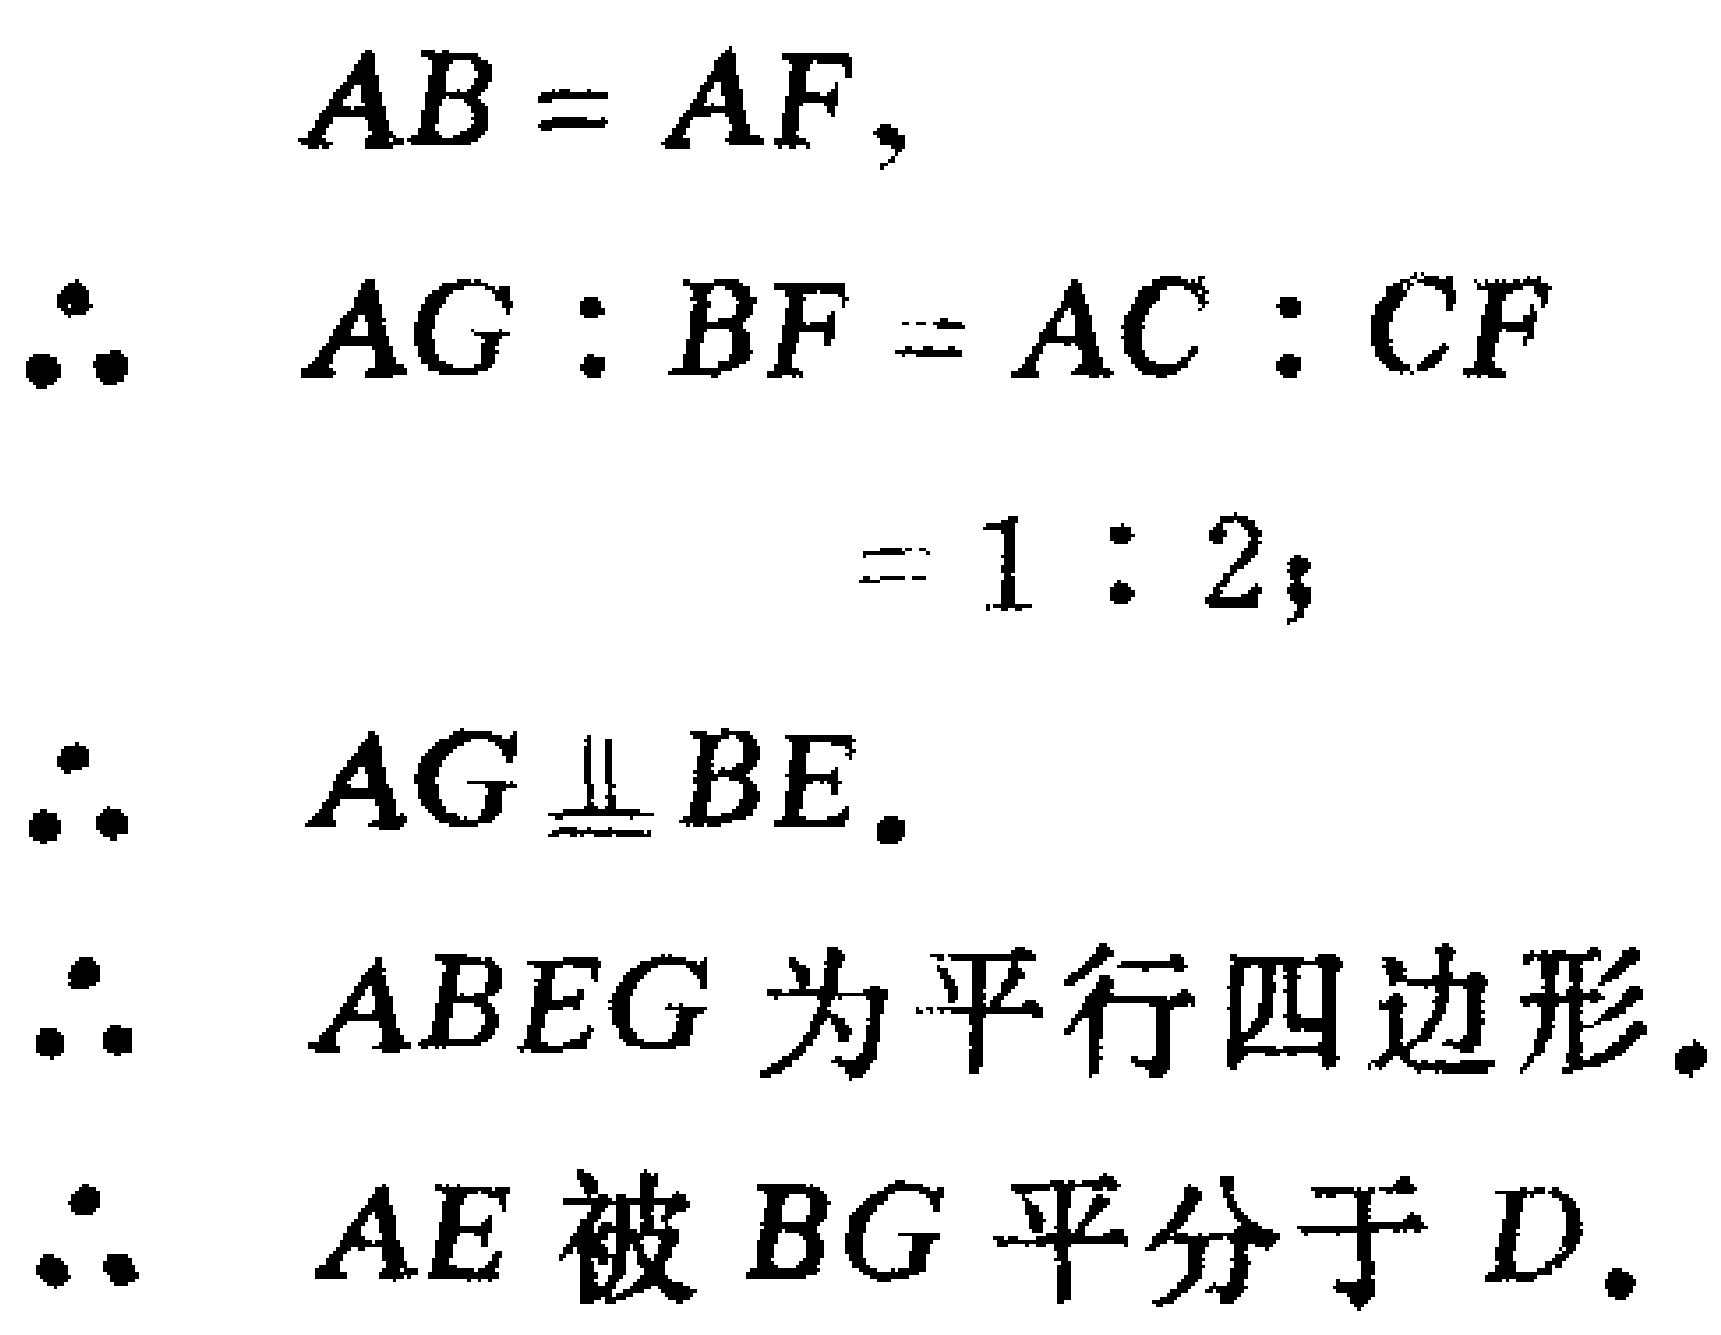
\[

\begin{align*}

AB&=AF,\\

\therefore\ AG:BF&=AC:CF\\

&=1:2;\\

\therefore\ AG&\equalparallel BE.\\

\therefore\ ABEG&\text{ 为平行四边形}.\\

\therefore\ AE&\text{ 被 }BG\text{ 平分于 }D.

\end{align*}

\]